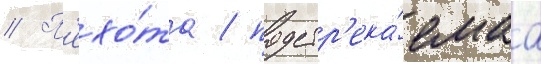
// П'ехо́та / подстр'ека́емаа